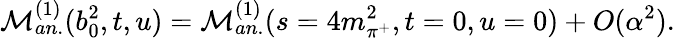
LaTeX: \mathcal{M}_{an.}^{(1)}(b_{0}^{2},t,u)=\mathcal{M}_{an.}^{(1)}(s=4m_{\pi^{+}}^{2},t=0,u=0)+O(\alpha^{2}).